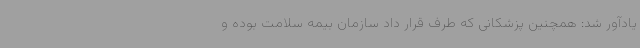
یادآور شد: همچنین پزشکانی که طرف قرار داد سازمان بیمه سلامت بوده و